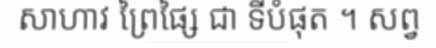
សាហាវ ព្រៃផ្សៃ ជា ទីបំផុត ។ សព្វ